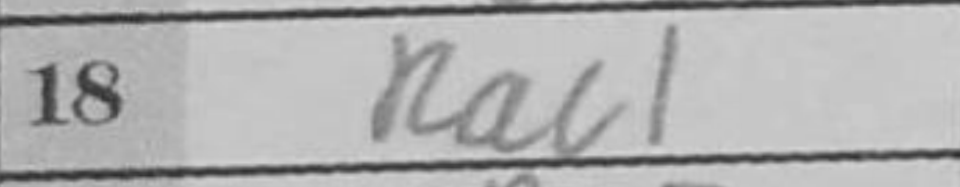
Transcription: Rac1